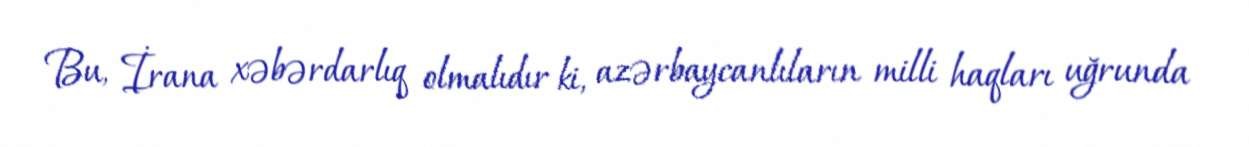
Bu, İrana xəbərdarlıq olmalıdır ki, azərbaycanlıların milli haqları uğrunda